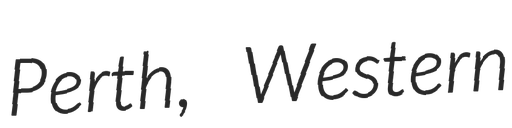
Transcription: Perth, Western